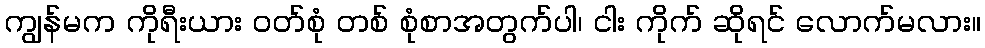
ကျွန်မက ကိုရီးယား ဝတ်စုံ တစ် စုံစာအတွက်ပါ၊ ငါး ကိုက် ဆိုရင် လောက်မလား။